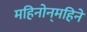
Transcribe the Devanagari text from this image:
महिनोन्‌महिने